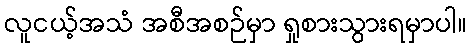
လူငယ့်အသံ အစီအစဉ်မှာ ရှုစားသွားရမှာပါ။